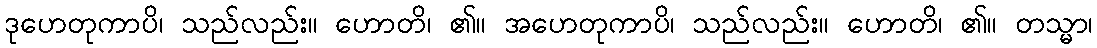
ဒုဟေတုကာပိ၊ သည်လည်း။ ဟောတိ၊ ၏။ အဟေတုကာပိ၊ သည်လည်း။ ဟောတိ၊ ၏။ တသ္မာ၊